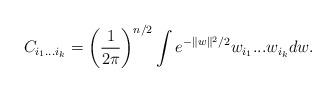
LaTeX: \begin{align*}C_{i_1...i_k}=\left(\frac{1}{2\pi}\right)^{n/2}\int e^{-\|w\|^2/2} w_{i_1}...w_{i_k} dw.\end{align*}